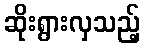
ဆိုးရွားလှသည့်